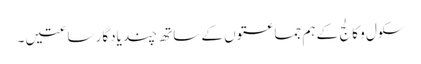
سکول و کالج کے ہم جماعتوں کے ساتھ چند یادگار ساعتیں ۔